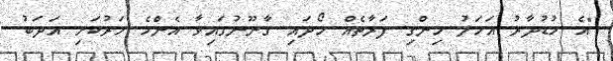
"އެ މުޑުދާރު އަމަލު ހިންގި ފަރާތެއް ހޯދައި ގާނޫނުގައިވާ އެންމެ ހަރުކަށި އަދަބު